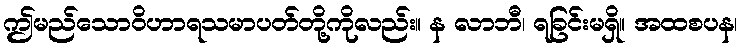
ဤမည်သောဝိဟာရသမာပတ်တို့ကိုလည်း။ န လာဘီ၊ ရခြင်းမရှိ။ အထစပန၊